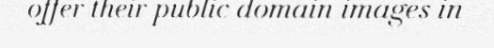
offer their public domain images in